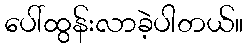
ပေါ်ထွန်းလာခဲ့ပါတယ်။